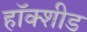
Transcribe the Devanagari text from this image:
हॉक्शीड